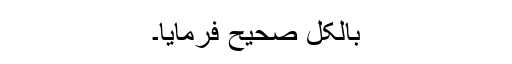
بالکل صحیح فرمایا۔